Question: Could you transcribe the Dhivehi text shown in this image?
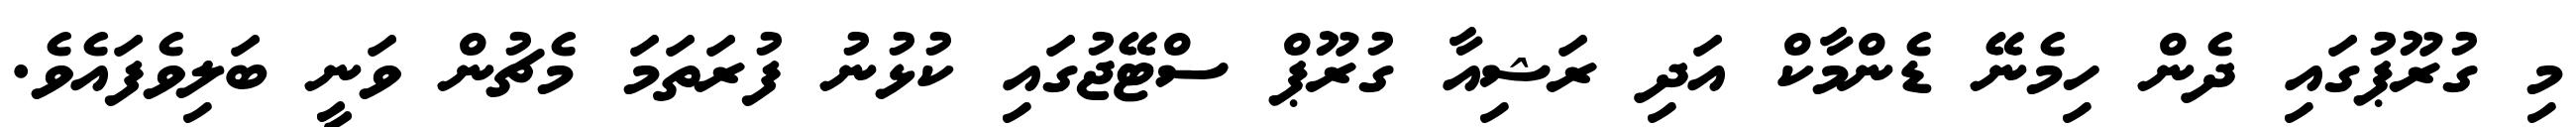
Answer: މި ގުރޫޕުގައި ދެން ހިމެނޭ ޑެންމާކް އަދި ރަޝިއާ ގުރޫޕް ސްޓޭޖުގައި ކުޅުނު ފުރަތަމަ މެޗުން ވަނީ ބަލިވެފައެވެ.